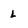
Character: l